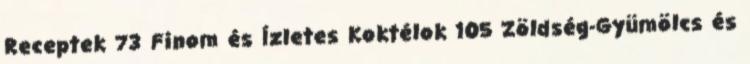
Receptek 73 Finom és Ízletes Koktélok 105 Zöldség-Gyümölcs és